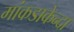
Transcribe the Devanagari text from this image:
मांकडाकेन्दा